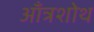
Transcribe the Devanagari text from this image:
आँत्रशोथ